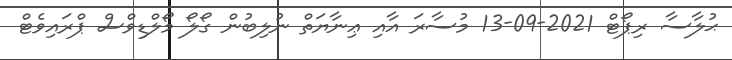
ޙުލާސާ ރިޕޯޓް 2021-09-13 މުސާރަ އާއި ޢިނާޔަތް ނުލިބުން ގޯލޯ މޯލްޑިވްސް ޕްރައިވެޓް